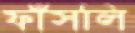
ফাঁসলি